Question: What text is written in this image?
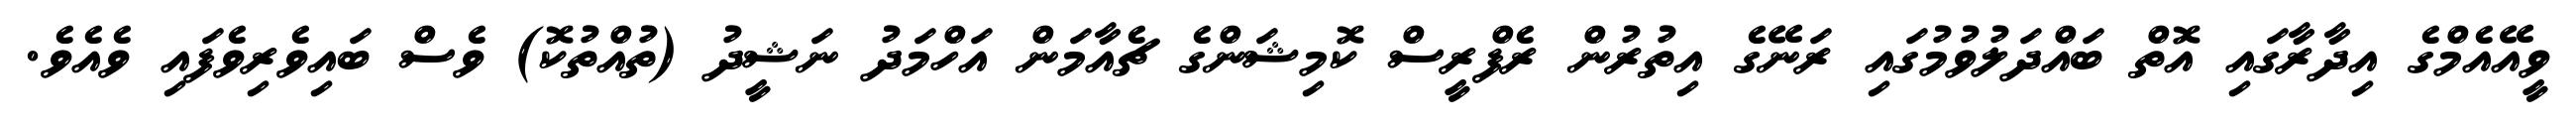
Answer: ވީއޭއެމްގެ އިދާރާގައި އޮތް ބައްދަލުވުމުގައި ރަނޭގެ އިތުރުން ރެފްރީސް ކޮމިޝަންގެ ޗެއާމަން އަހްމަދު ނަޝީދު (ތުއްތުކޮ) ވެސް ބައިވެރިވެފައި ވެއެވެ.